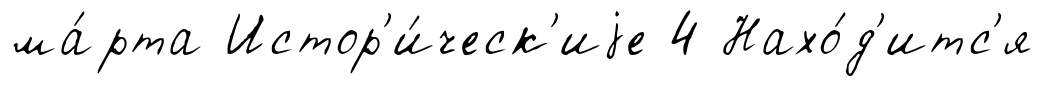
ма́рта Истор'и́ческ'иjе 4 Нахо́д'итс'я